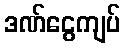
ဒဏ်ငွေကျပ်